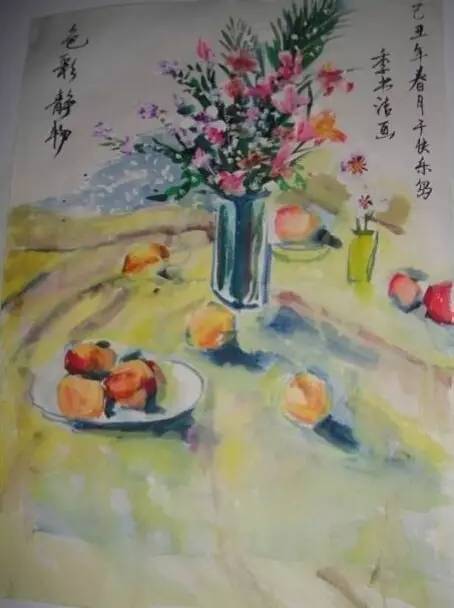
雪纷纷，掩重门，不由人不断魂，瘦损江梅韵。